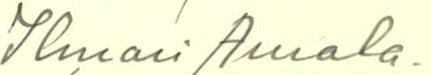
Ilmari Annala.